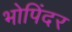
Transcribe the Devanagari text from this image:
भोपिंदर